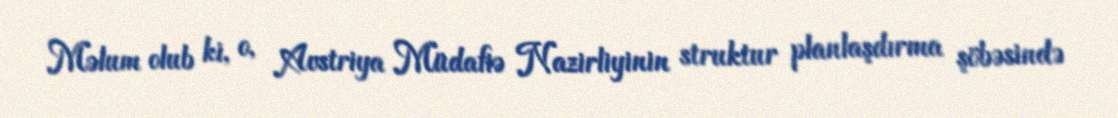
Məlum olub ki, o, Avstriya Müdafiə Nazirliyinin struktur planlaşdırma şöbəsində